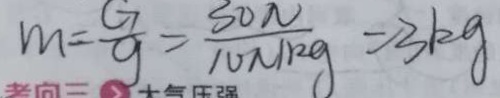
m = \frac { G } { g } = \frac { 3 0 \pi } { 1 0 \pi / k g } = 3 k g